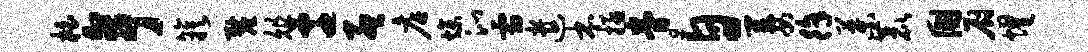
柏亭簇厘俎迁孟店燥沁霜遣本拯眷自萋徐叶鹿国厨耀